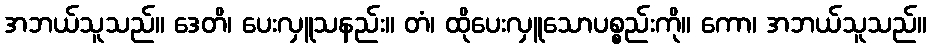
အဘယ်သူသည်။ ဒေတိ၊ ပေးလှူသနည်း။ တံ၊ ထိုပေးလှူသောပစ္စည်းကို။ ကော၊ အဘယ်သူသည်။